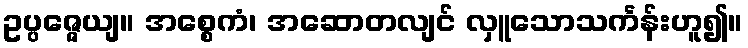
ဥပ္ပဇ္ဇေယျ။ အစ္စေကံ၊ အဆောတလျင် လှူသောသင်္ကန်းဟူ၍။